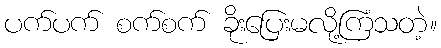
ပက်ပက် စက်စက် ခိုးပြေးမလို့ကြံသတဲ့။